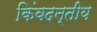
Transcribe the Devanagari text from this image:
किंवदन्तीय